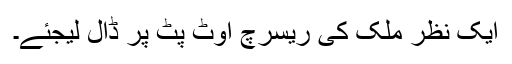
ایک نظر ملک کی ریسرچ آوٹ پُٹ پر ڈال لیجئے۔